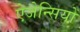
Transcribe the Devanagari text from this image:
ऐजेन्सियों